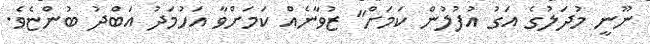
ނޫނީ މުދަލުގެ އަގު އުފުލުން ކަމަށް" ޒުވާނެއް ކަމަށްވާ އަހުމަދު އަބްދު ބުންޏެވެ.